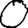
Digit: 0